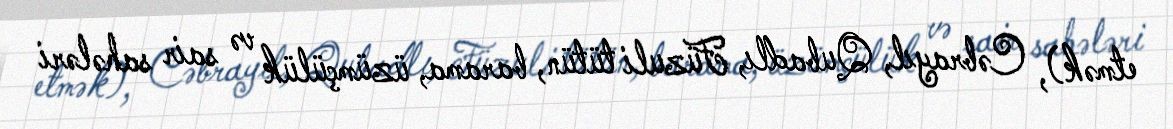
etmək), Cəbrayıl, Qubadlı, Füzuli tütün, barama, üzümçülük və sair sahələri